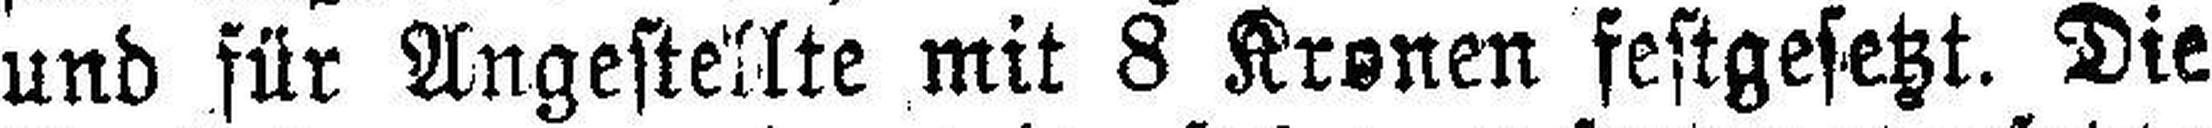
und für Angestellte mit 8 Kronen festgesetzt. Die